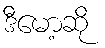
ဒီမော့ဆို